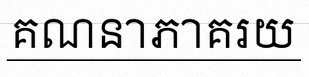
គណនាភាគរយ